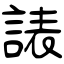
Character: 諘